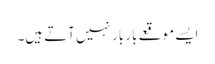
ایسے موقعے بار بار نہیں آتے ہیں۔